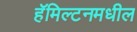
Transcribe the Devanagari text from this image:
हॅमिल्टनमधील